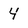
Character: 4